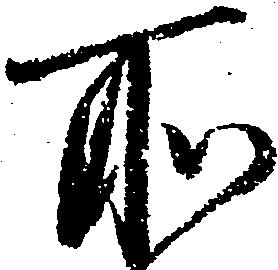
所